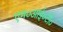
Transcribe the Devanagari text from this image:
एम०आई०टी०